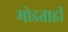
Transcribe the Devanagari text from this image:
मोडताही